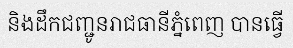
និងដឹកជញ្ជូនរាជធានីភ្នំពេញ បានធ្វើ